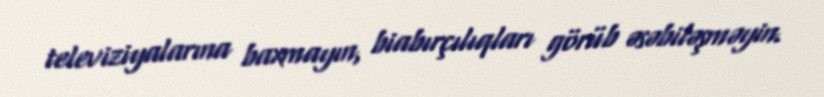
televiziyalarına baxmayın, biabırçılıqları görüb əsəbiləşməyin.